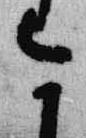
今